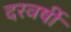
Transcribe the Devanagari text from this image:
दरवर्षी